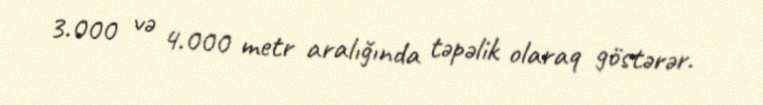
3.000 və 4.000 metr aralığında təpəlik olaraq göstərər.